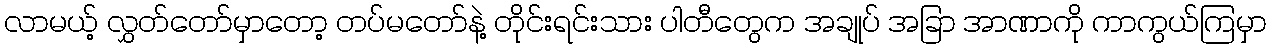
လာမယ့် လွှတ်တော်မှာတော့ တပ်မတော်နဲ့ တိုင်းရင်းသား ပါတီတွေက အချုပ် အခြာ အာဏာကို ကာကွယ်ကြမှာ